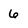
Character: 6